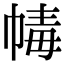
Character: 𢃶